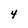
Character: 4